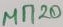
Text: MN20